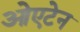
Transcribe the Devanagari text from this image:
ओएटेन